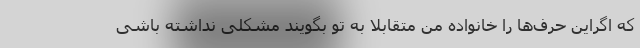
که اگراین حرف‌ها را خانواده من متقابلا به تو بگویند مشکلی نداشته باشی